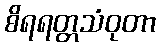
စိရရတ္တသံဝုတာ